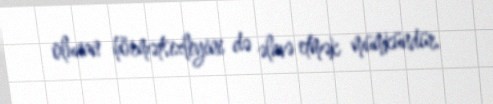
olunan hörmətsizliyini də əlavə etmək mümkündür.